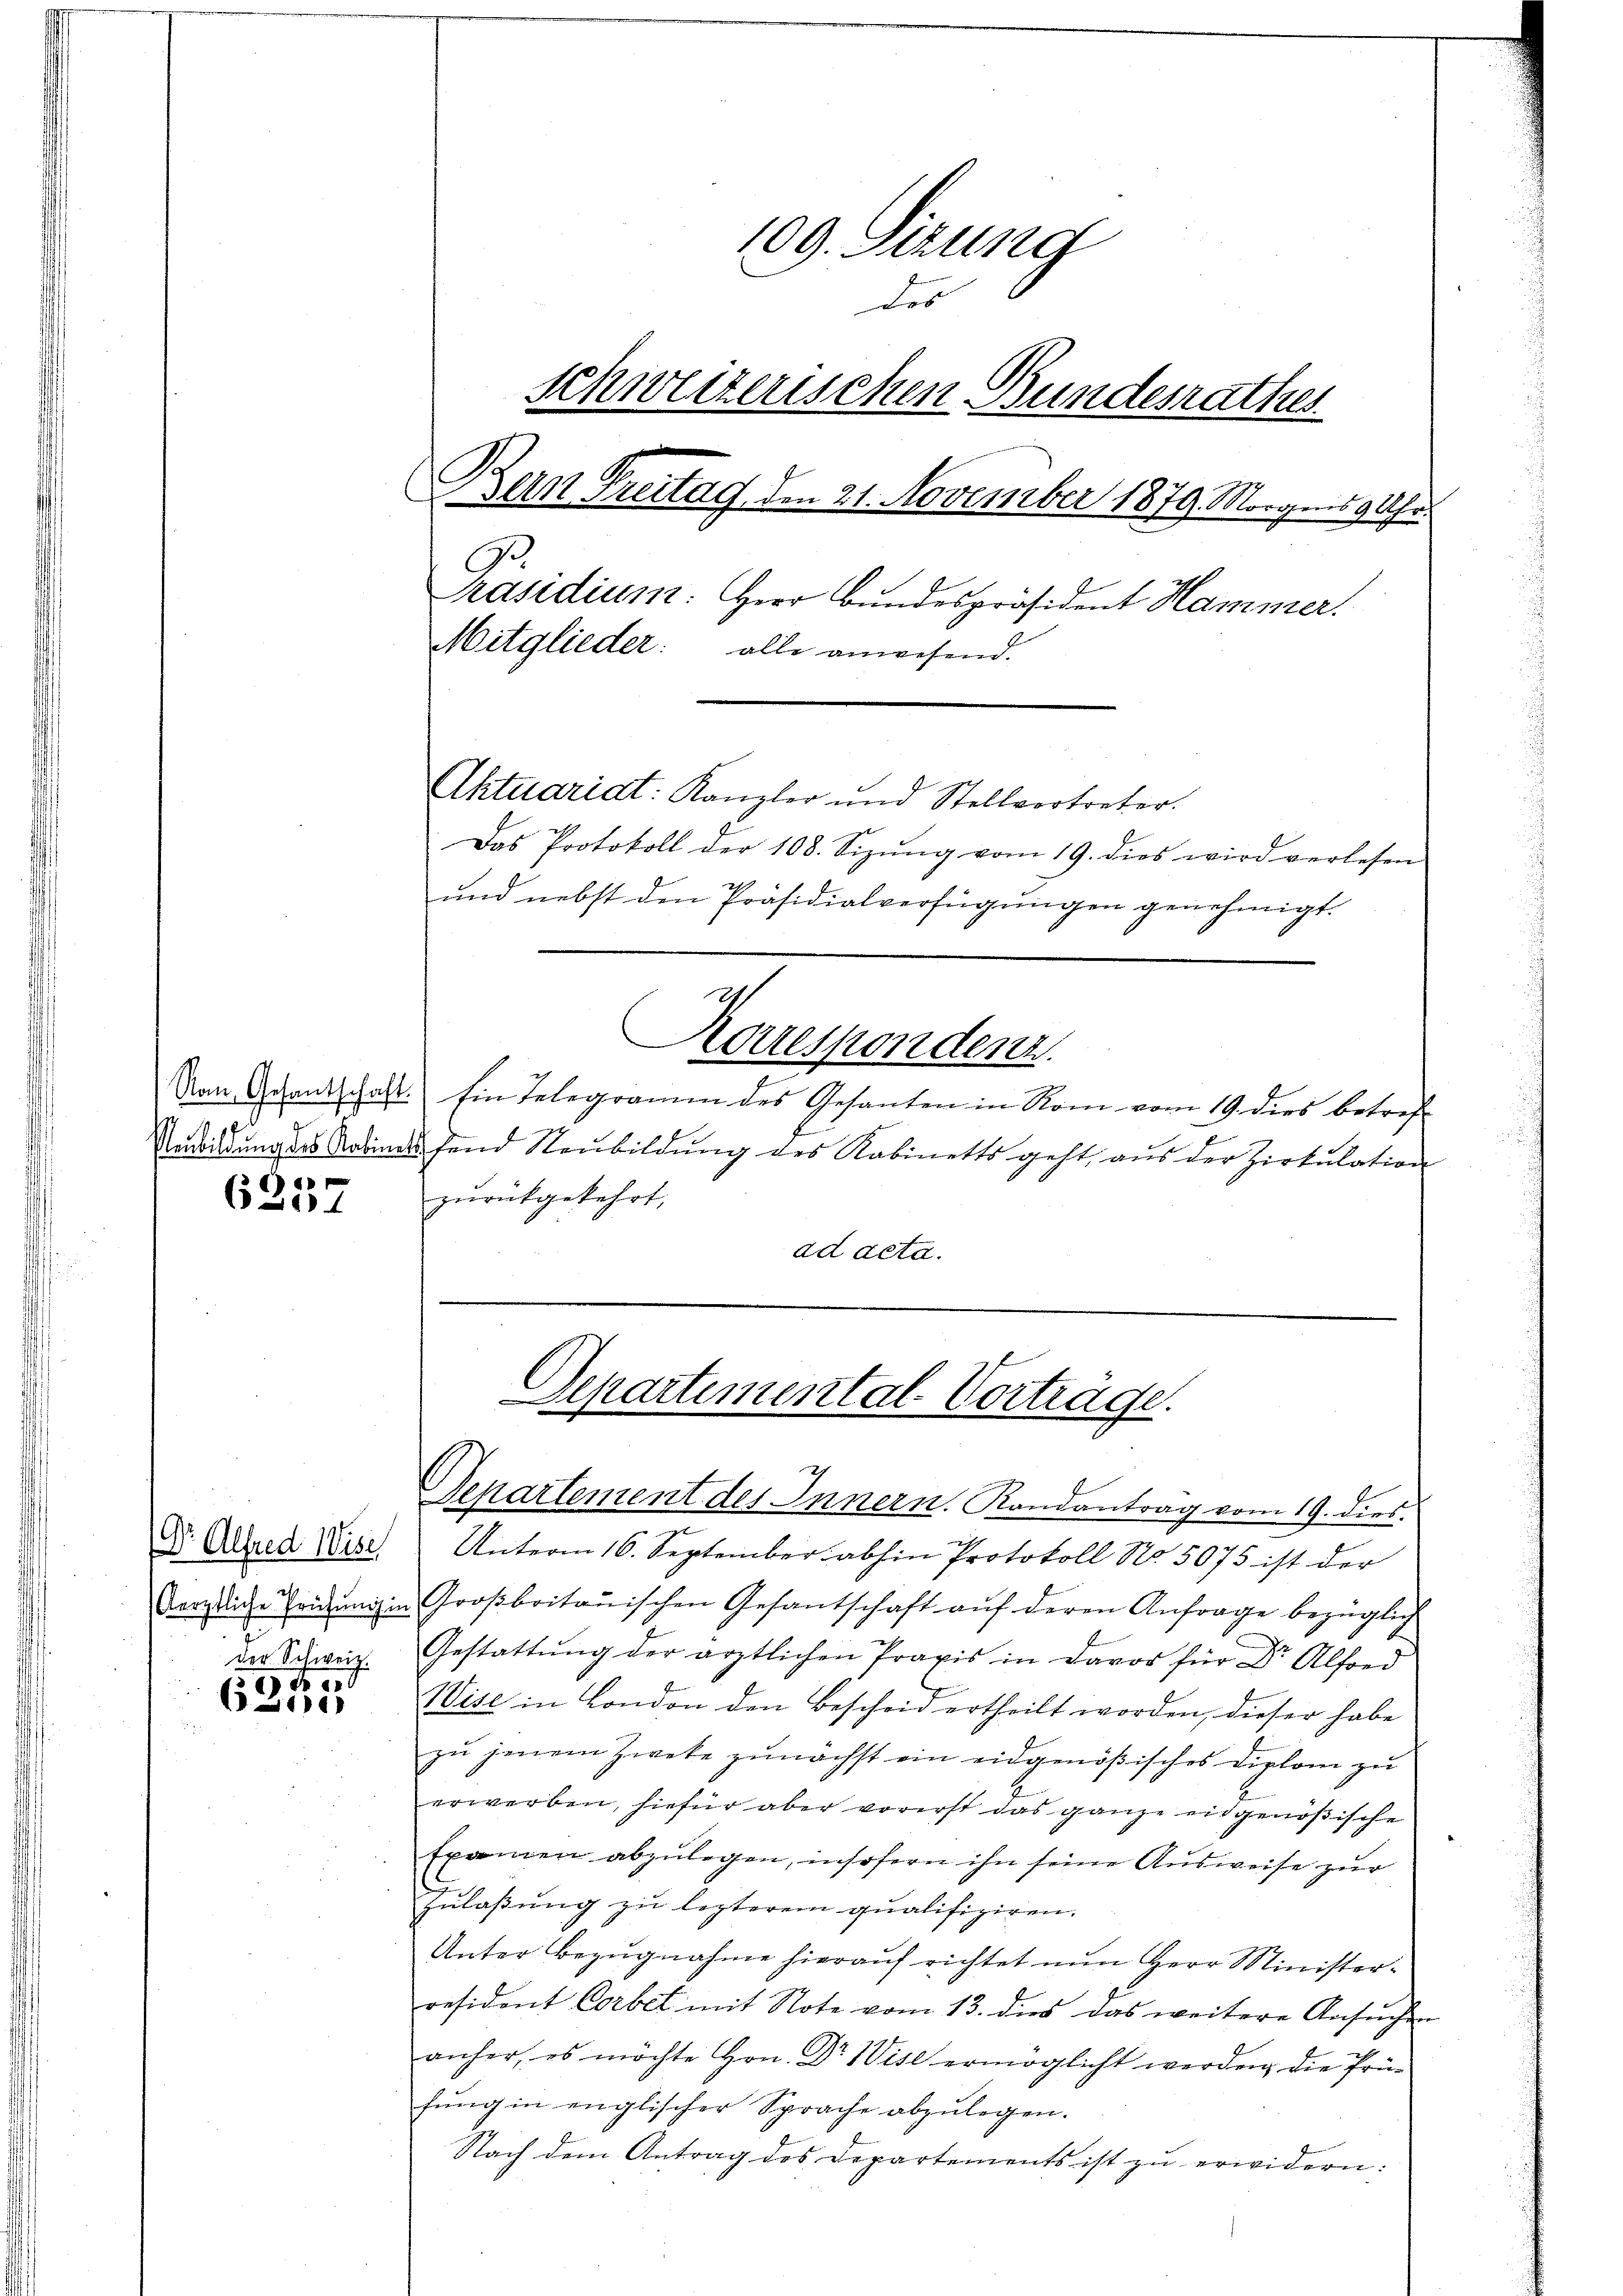
Non, Gesantschaft.

6257

(Dr. Alfred Wese
der Schweiz.

54.
305

109. Sizung
Des
schweizerischen Bundesrathes
Bein Freitag den 21. November 1879 Morgens 9 Uhr.
Präsidium. Herr Bundespräsident Hammer.
Mitglieder: alle anwesend.
Aktuariat: Kanzler und Stellvortreter.
Das Protokoll der 108. Sizŭng vom 19. dies wird verlesen
und nebst den Präsidialverfügungen genehmigt.

Undeidung des Kabinets fand Neubildung des Kabinetts geht, aus der Zirkulation
zurückgekehrt,
ad acta.

Korrespondenz
Ein Telegramm des Gesanten in Rom vom 19. dies betref¬

Departemental-Vorträge.
Departement des Innern. Kandantrag vom 19. dies

Unterm 16. September abhin Protokoll No. 5075 ist der
därztliche Tridŭng in Großbritanischen Gesantschaft aŭf deren Anfrage bezüglich
Gestattŭng der ärztlichen Praxis in davor für Dr. Alfond
Wise in London den Bescheid ertheilt worden, dieser habe
zu jenem Zwete zunächst ein eidgenößisches Diplom zu
erwerben, hiefür aber vorerst das ganze eidgenößische
Examen abzulegen, insofern ihn seine Ausweise zur
zulaßung zu lezterem qualifiziren.
Unter Bezugnahme hierauf richtet nun Herr Ministerresident Corbet mit Note vom 13. dies das weitere Ansŭchen
anher, es möchte Hrn. Dr Wise ermöglicht werden, die Prüfŭng in englischer Sprache abzulegen.
Nach dem Antrag des Departements ist zŭ erwidern: